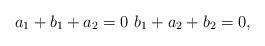
LaTeX: \begin{align*} a_1+ b_1+a_2 = 0 \, \, b_1 + a_2 +b_2 =0 , \end{align*}